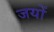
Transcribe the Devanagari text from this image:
जयों